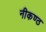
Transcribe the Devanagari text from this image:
नीकण्ठ